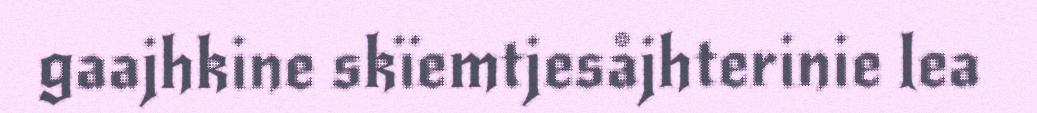
gaajhkine skïemtjesåjhterinie lea